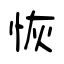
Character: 恢